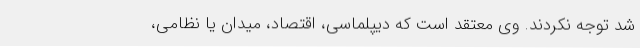
شد توجه نکردند. وی معتقد است که دیپلماسی، اقتصاد، میدان یا نظامی،